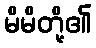
မိမိတို့၏